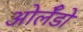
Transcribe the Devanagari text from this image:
ओर्लँडो